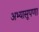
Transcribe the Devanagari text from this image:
अभ्यासूपणा